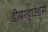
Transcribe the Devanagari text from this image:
डीयरहाउंड्स